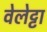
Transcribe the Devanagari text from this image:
वेलेट्टा